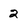
Character: 2